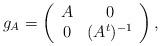
LaTeX: \begin{align*}g_{A}=\left(\begin{array}{cc} A & 0 \\ 0 & (A^t)^{-1}\end{array}\right),\end{align*}